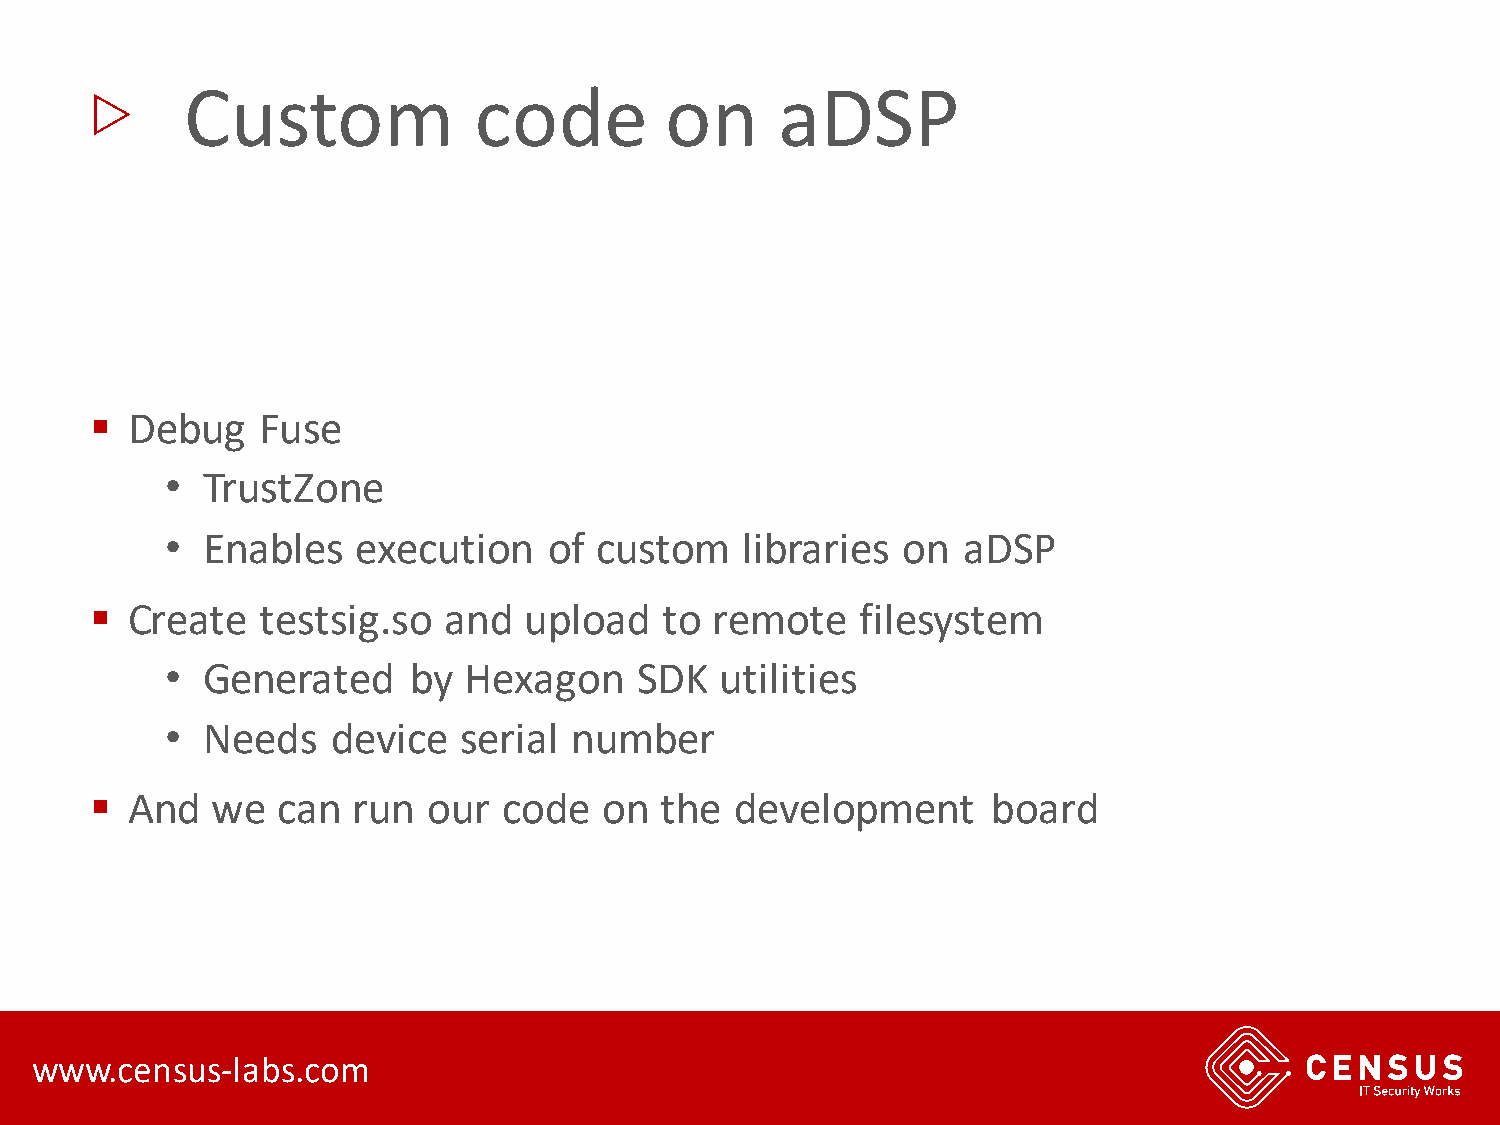
▷
 Custom             code         on      aDSP
 ▪ Debug    Fuse
 • TrustZone
 • Enables    execution   of custom    libraries  on  aDSP
 ▪ Create   testsig.so  and   upload   to remote    filesystem
 • Generated     by  Hexagon    SDK   utilities
 • Needs    device  serial  number
 ▪ And   we  can  run  our  code   on  the  development      board
 www.census-labs.com